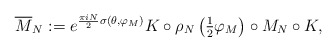
\begin{align*}\overline{M}_N :=e^{\frac{\pi i N }{2}\sigma(\theta, \varphi_M)} K\circ \rho_N\left(\tfrac{1}{2}\varphi_M\right)\circ M_N \circ K,\end{align*}